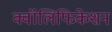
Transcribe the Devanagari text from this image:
क्वॉलिफिकेशन